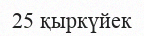
25 қыркүйек